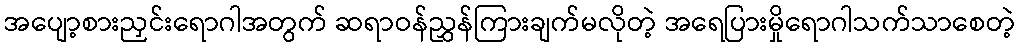
အပျော့စားညှင်းရောဂါအတွက် ဆရာဝန်ညွှန်ကြားချက်မလိုတဲ့ အရေပြားမှိုရောဂါသက်သာစေတဲ့